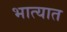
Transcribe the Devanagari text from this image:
भात्यात